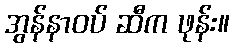
အွန်နာဝပ် ဆီက ဖုန်း။